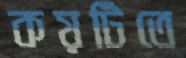
কয়টিতে